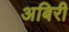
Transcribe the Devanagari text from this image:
अबिरी